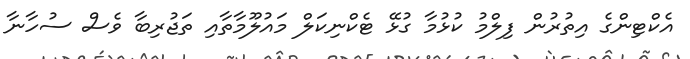
އެކްޓިންގެ އިތުރުން ފިލްމު ކުޅުމާ ގުޅޭ ޓެކްނިކަލް މައުލޫމާތާއި ތަޖުރިބާ ވެސް ސުހާނާ